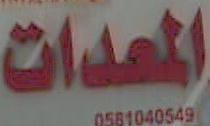
المعدات